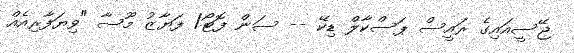
ޖޭސީއައިގެ ރައީސް ޕަސްކާލް ޑިކޭ -- ސަން ފޮޓޯ/ ފަޔާޒު މޫސާ "ވިޔަފާރިއެއް